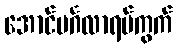
အောင်မင်္ဂလာရပ်ကွက်